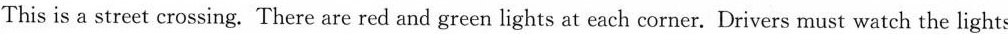
This is a street crossing. There are red and green lights at each corner. Drivers must watch the lights